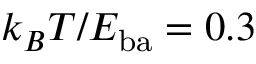
k _ { B } T / E _ { \mathrm { b a } } = 0 . 3